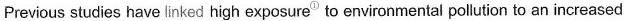
Previous studies havelinked high exposure^{①} to environmental polution to an increased